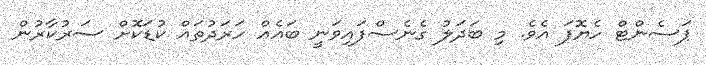
ޕަސެންޓް ހެޔޮފަ އެވެ. މި ބަދަލު ގެނެސްފައިވަނީ ބައެއް ހަރަދުތައް ކުޑަކޮށް ސަރުކާރުން